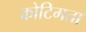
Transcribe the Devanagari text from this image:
कोटिमता